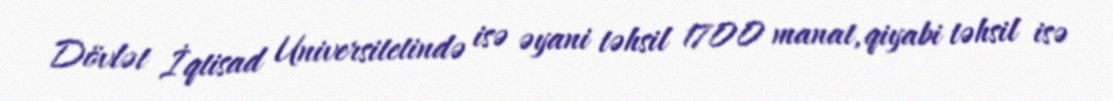
Dövlət İqtisad Universitetində isə əyani təhsil 1700 manat, qiyabi təhsil isə